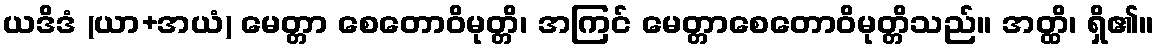
ယဒိဒံ (ယာ+အယံ) မေတ္တာ စေတောဝိမုတ္တိ၊ အကြင် မေတ္တာစေတောဝိမုတ္တိသည်။ အတ္ထိ၊ ရှိ၏။